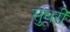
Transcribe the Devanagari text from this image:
सुधरीं